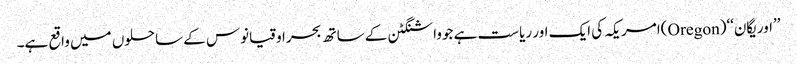
’’اوریگان‘‘(Oregon)امریکہ کی ایک اور ریاست ہے جوواشنگٹن کے ساتھ بحراوقیانوس کے ساحلوں میں واقع ہے۔